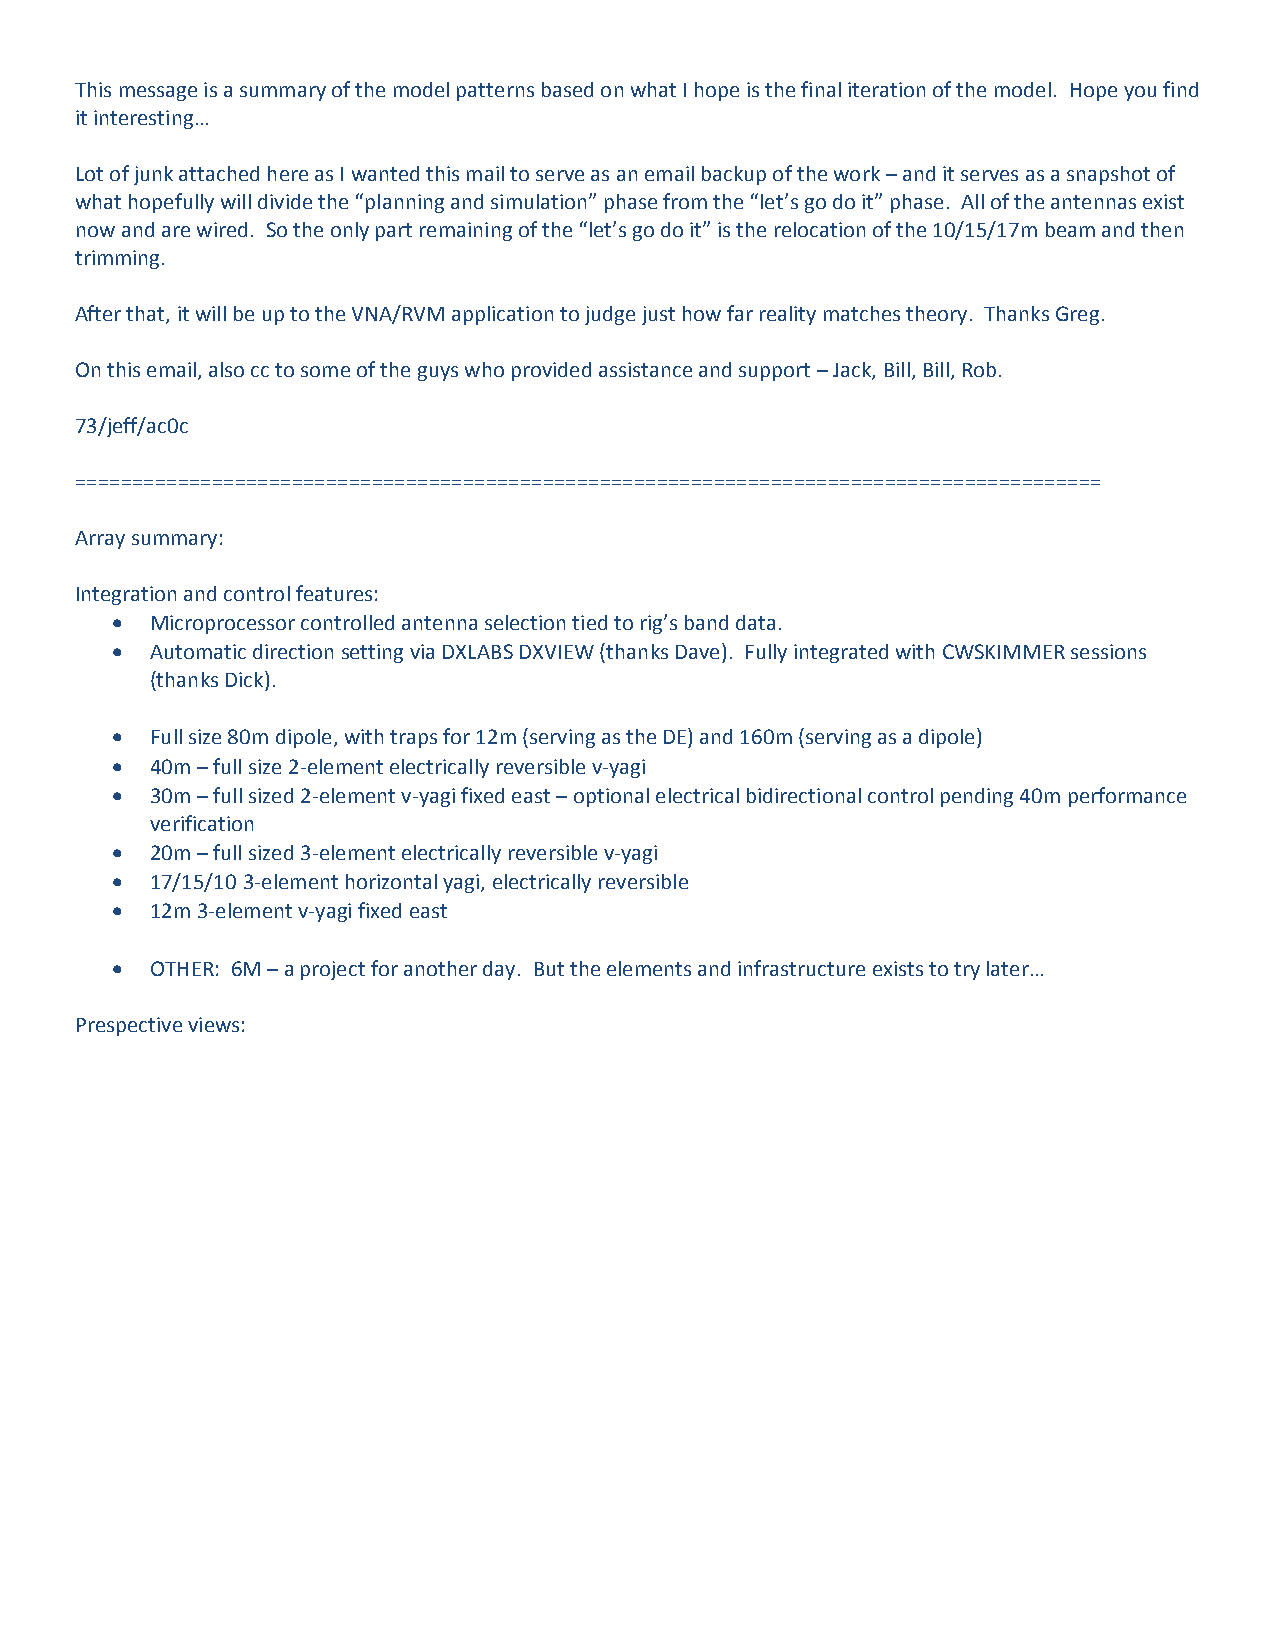
This message is a summary of the model patterns based on what I hope is the final iteration of the model. Hope you find
 it interesting…
 Lot of junk attached here as I wanted this mail to serve as an email backup of the work – and it serves as a snapshot of
 what hopefully will divide the “planning and simulation” phase from the “let’s go do it” phase. All of the antennas exist
 now and are wired. So the only part remaining of the “let’s go do it” is the relocation of the 10/15/17m beam and then
 trimming.
 After that, it will be up to the VNA/RVM application to judge just how far reality matches theory. Thanks Greg.
 On this email, also cc to some of the guys who provided assistance and support – Jack, Bill, Bill, Rob.
 73/jeff/ac0c
 ==========================================================================================
 Array summary:
 Integration and control features:
   Microprocessor controlled antenna selection tied to rig’s band data.
   Automatic direction setting via DXLABS DXVIEW (thanks Dave). Fully integrated with CWSKIMMER sessions
 (thanks Dick).
   Full size 80m dipole, with traps for 12m (serving as the DE) and 160m (serving as a dipole)
   40m – full size 2-element electrically reversible v-yagi
   30m – full sized 2-element v-yagi fixed east – optional electrical bidirectional control pending 40m performance
 verification
   20m – full sized 3-element electrically reversible v-yagi
   17/15/10 3-element horizontal yagi, electrically reversible
   12m 3-element v-yagi fixed east
   OTHER: 6M – a project for another day. But the elements and infrastructure exists to try later…
 Prespective views: